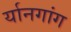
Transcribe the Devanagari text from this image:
र्यानगांग